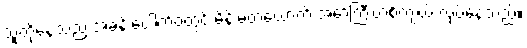
သူတို့နေသည့် အခန်းပေါက်ဝတွင် မိန်းမတယောက် အော်ကြီးဟစ်ကျယ် လုပ်နေသည်။